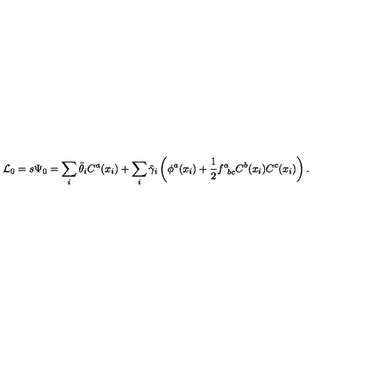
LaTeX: { \cal L } _ { 0 } = s \Psi _ { 0 } = \sum _ { i } \bar { \theta } _ { i } C ^ { a } ( x _ { i } ) + \sum _ { i } \bar { \gamma } _ { i } \left( \phi ^ { a } ( x _ { i } ) + { \frac { 1 } { 2 } } f _ { \phantom { a } b c } ^ { a } C ^ { b } ( x _ { i } ) C ^ { c } ( x _ { i } ) \right) .